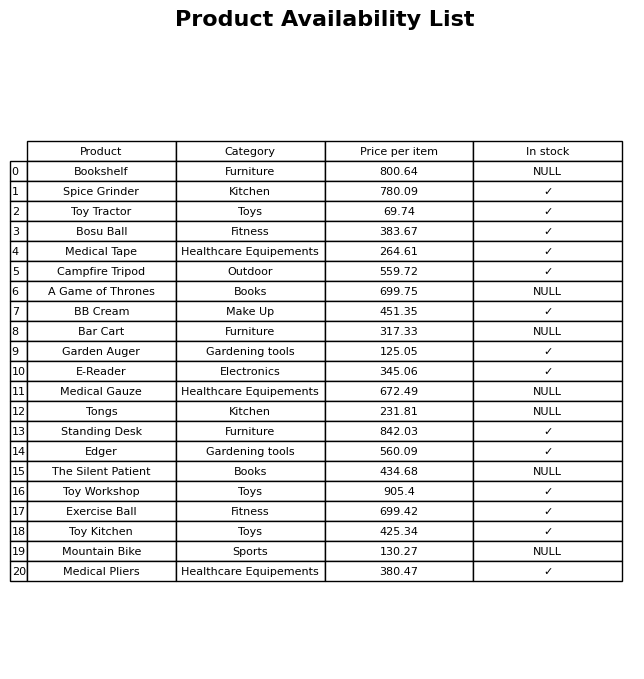
question: What is the price of the Toy Workshop?
answer: The price of Toy Workshop is 905.4.